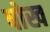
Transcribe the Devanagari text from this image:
षोख